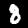
Digit: 8